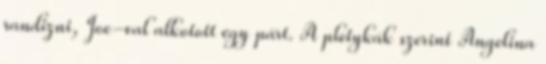
randizni, Joe-val alkotott egy párt. A pletykák szerint Angelina